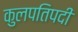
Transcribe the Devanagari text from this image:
कुलपतिपदी